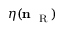
\eta ( { \bf n } _ { \mathrm { ~ \tiny ~ R ~ } } )